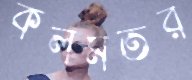
কলমতর